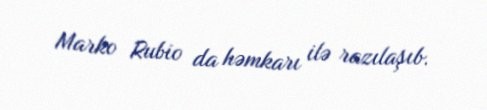
Marko Rubio da həmkarı ilə razılaşıb.